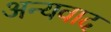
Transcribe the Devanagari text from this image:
अन्यवाद